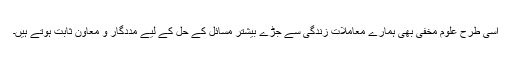
اسی طرح علومِ مخفی بھی ہمارے معاملات زندگی سے جُڑے بیشتر مسائل کے حل کے لیے مددگار و معاون ثابت ہوتے ہیں۔